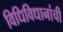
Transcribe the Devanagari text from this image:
विधिविधानांची